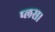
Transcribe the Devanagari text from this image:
प्लस।